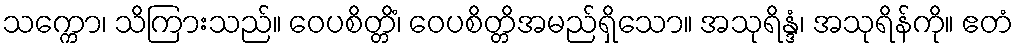
သက္ကော၊ သိကြားသည်။ ဝေပစိတ္တိံ၊ ဝေပစိတ္တိအမည်ရှိသော။ အသုရိန္ဒံ၊ အသုရိန်ကို။ ဧတံ